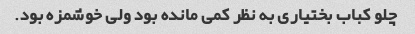
چلو کباب بختیاری به نظر کمی مانده بود ولی خوشمزه بود.